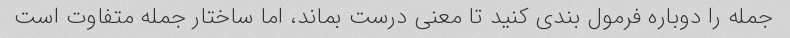
جمله را دوباره فرمول بندی کنید تا معنی درست بماند، اما ساختار جمله متفاوت است